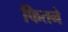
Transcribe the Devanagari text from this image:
फितने